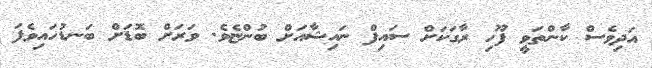
އަދިވެސް ކާންތަވީ ފޫހި ރާގަކަށް ސައިފް ނައިޝާއަށް ބުންޏެވެ. ވަރަށް ބޮޑަށް ބަނޑުހައިވެފަ